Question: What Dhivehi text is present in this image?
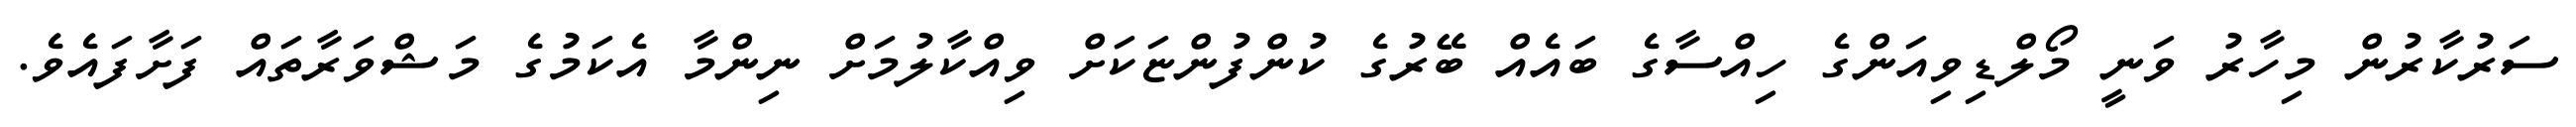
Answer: ސަރުކާރުން މިހާރު ވަނީ މޯލްޑިވިއަންގެ ހިއްސާގެ ބައެއް ބޭރުގެ ކުންފުންޏަކަށް ވިއްކާލުމަށް ނިންމާ އެކަމުގެ މަޝްވަރާތައް ފަށާފައެވެ.